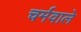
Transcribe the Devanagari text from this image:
चर्मवाले